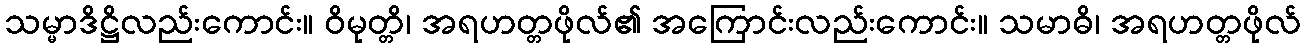
သမ္မာဒိဋ္ဌိလည်းကောင်း။ ဝိမုတ္တိ၊ အရဟတ္တဖိုလ်၏ အကြောင်းလည်းကောင်း။ သမာဓိ၊ အရဟတ္တဖိုလ်